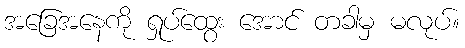
အခြေအနေကို ရှုပ်ထွေး အောင် တခါမှ မလုပ်။